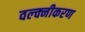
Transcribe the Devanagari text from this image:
वल्क्नीकरण